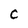
Character: C